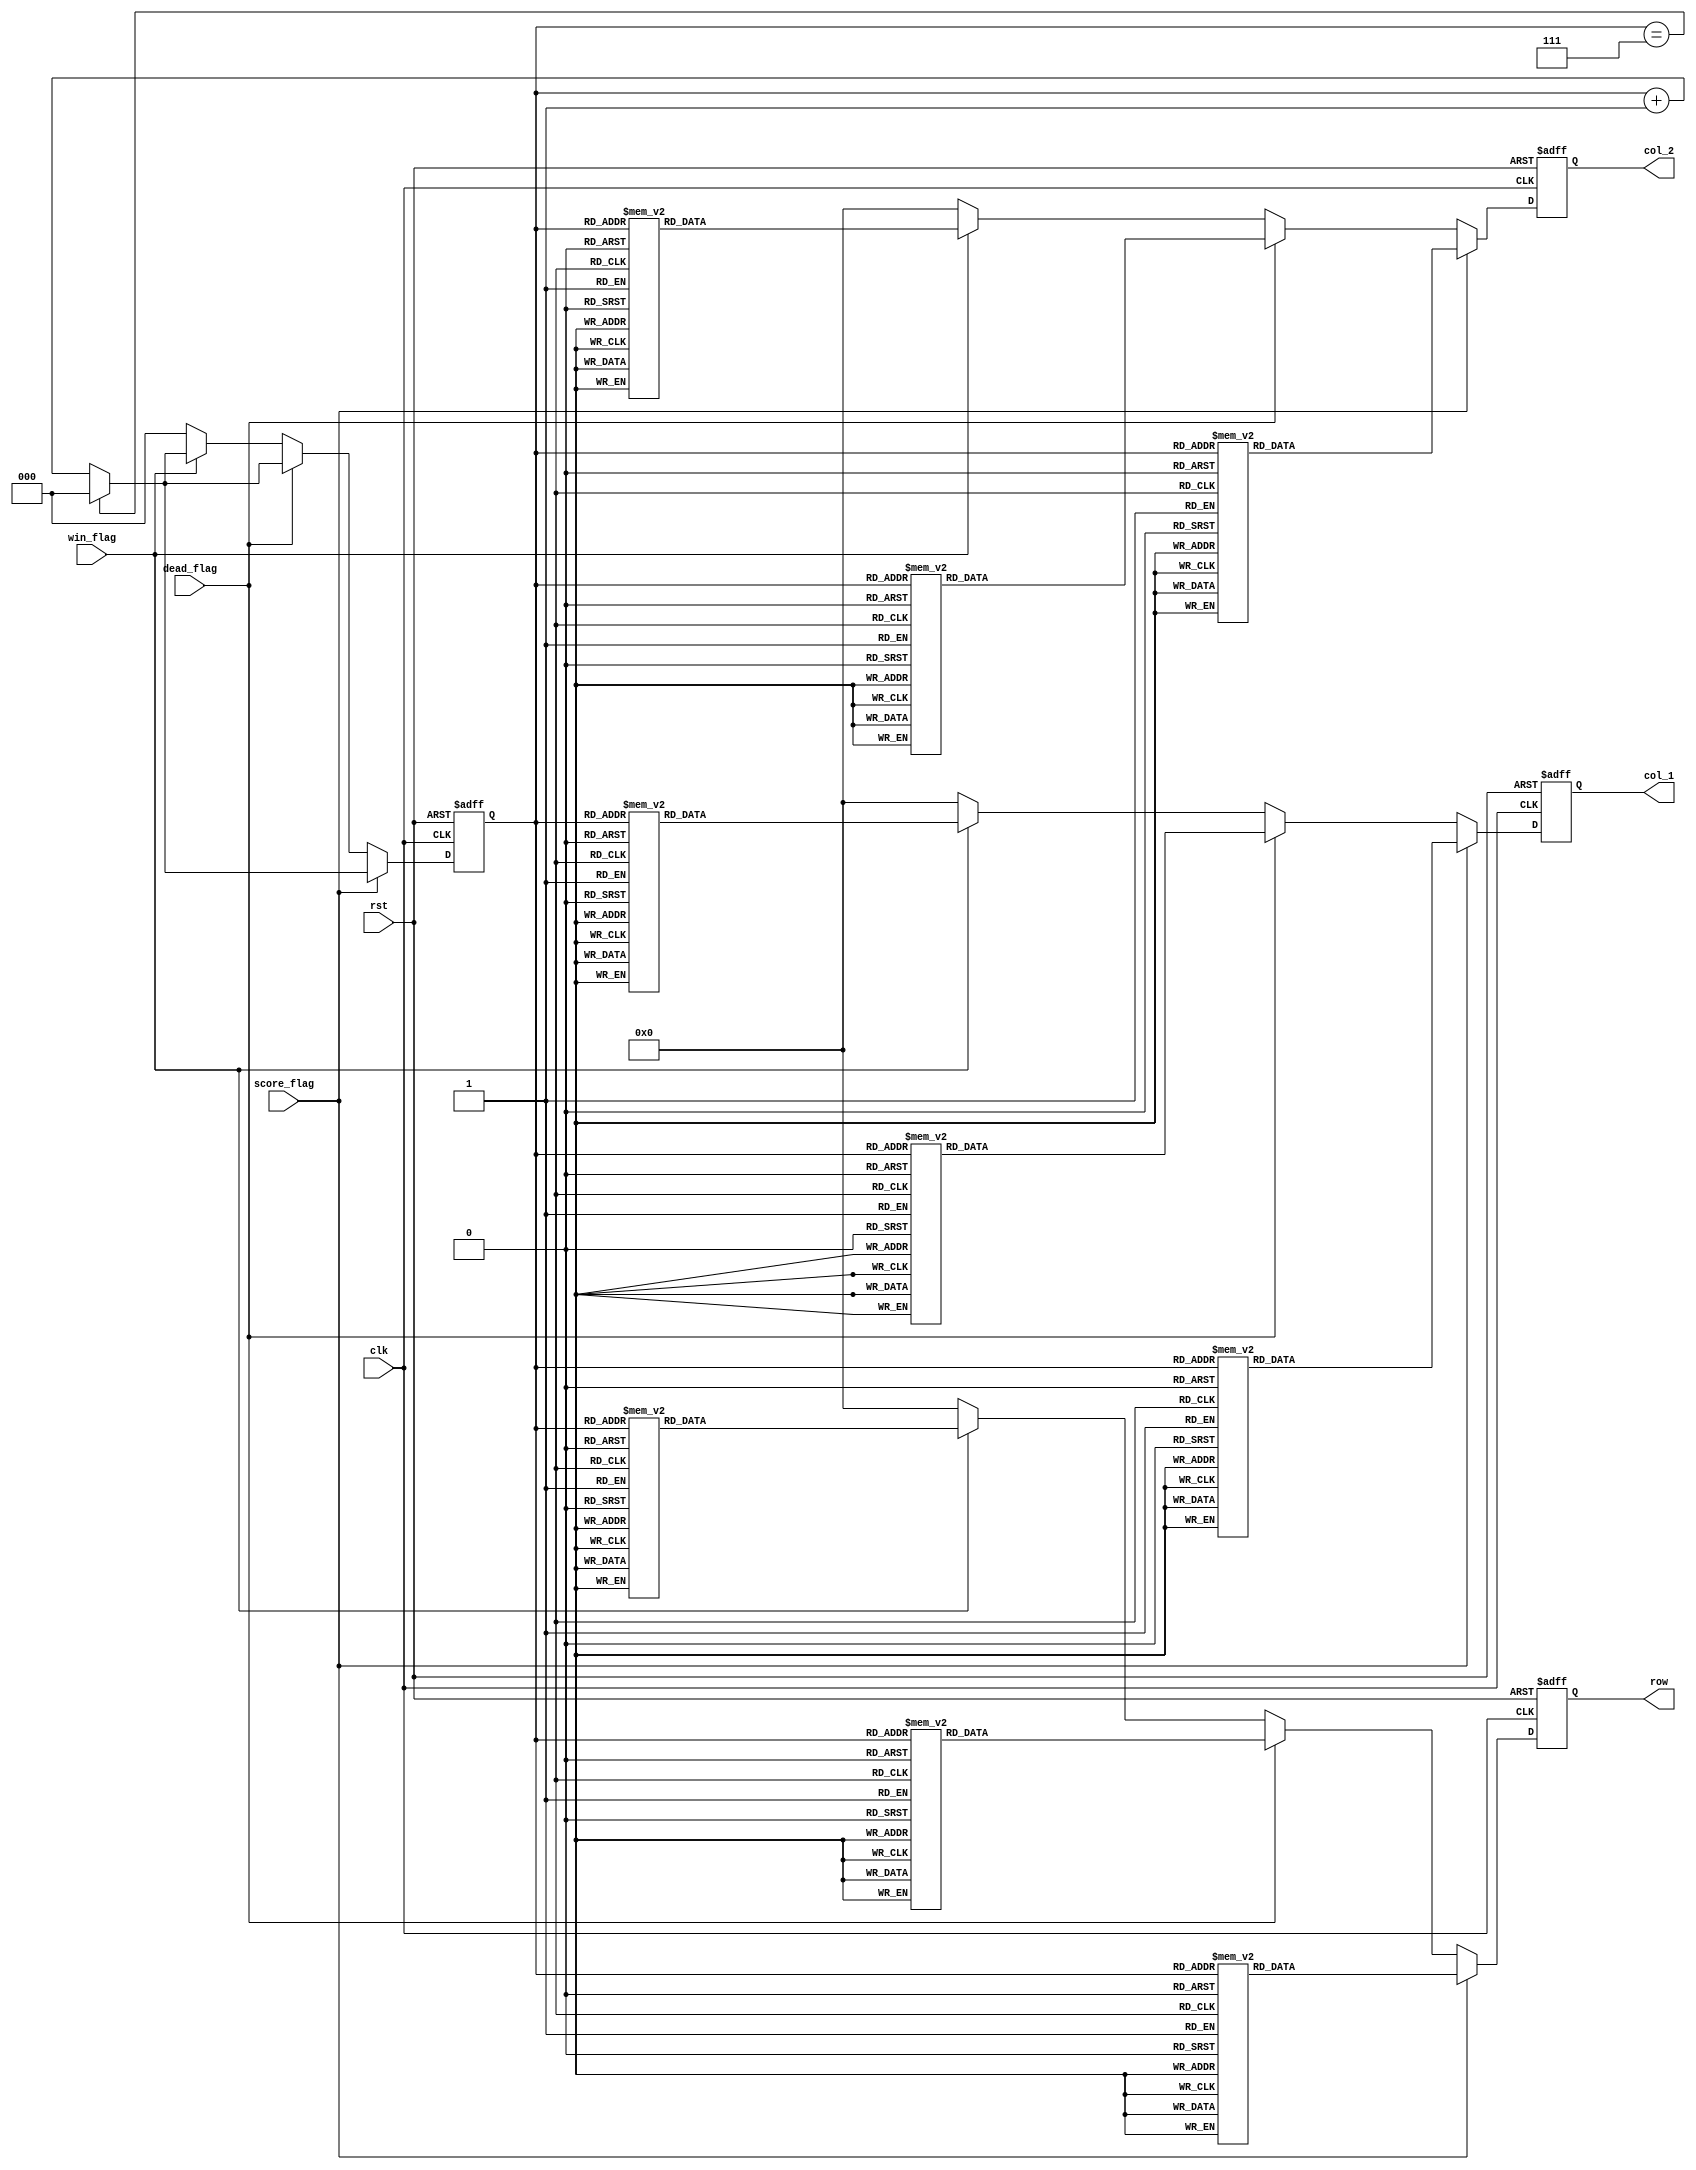
module firework(clk, rst, score_flag,dead_flag, win_flag, col_1, col_2, row);
input clk,rst;
input score_flag;
input dead_flag;
input win_flag;

output reg [7:0] col_1,col_2;
output reg [7:0] row;
reg [2:0] row_cnt;

always@(posedge clk or negedge rst)
begin
	if(~rst)
	begin
		row <= 8'b0;
		col_1 <= 8'b0;
		col_2 <= 8'b0;
		row_cnt <= 0;
	end
	else if(score_flag)
	begin
		if(row_cnt == 3'b111) row_cnt <= 0;
		else row_cnt <= row_cnt + 1;
		case(row_cnt)
			3'd0: row <= 8'b01111111;
			3'd1: row <= 8'b10111111;
			3'd2: row <= 8'b11011111;
			3'd3: row <= 8'b11101111;
			3'd4: row <= 8'b11110111;
			3'd5: row <= 8'b11111011;
			3'd6: row <= 8'b11111101;
			3'd7: row <= 8'b11111110;
		endcase
		case(row_cnt)
			3'd0: col_1 <= 8'b00000000;
			3'd1: col_1 <= 8'b00000000;
			3'd2: col_1 <= 8'b01000010;
			3'd3: col_1 <= 8'b10100101;
			3'd4: col_1 <= 8'b00000000;
			3'd5: col_1 <= 8'b00100100;
			3'd6: col_1 <= 8'b00011000;
			3'd7: col_1 <= 8'b00000000;
		endcase
		
		case(row_cnt)
			3'd0: col_2 <= 8'b00000000;
			3'd1: col_2 <= 8'b01100110;
			3'd2: col_2 <= 8'b10011001;
			3'd3: col_2 <= 8'b11000011;
			3'd4: col_2 <= 8'b01100110;
			3'd5: col_2 <= 8'b01101100;
			3'd6: col_2 <= 8'b00011000;
			3'd7: col_2 <= 8'b00000000;
		endcase
		
	end
	else if(dead_flag)
	begin
		if(row_cnt == 3'b111) row_cnt <= 0;
		else row_cnt <= row_cnt + 1;
		case(row_cnt)
			3'd0: row <= 8'b01111111;
			3'd1: row <= 8'b10111111;
			3'd2: row <= 8'b11011111;
			3'd3: row <= 8'b11101111;
			3'd4: row <= 8'b11110111;
			3'd5: row <= 8'b11111011;
			3'd6: row <= 8'b11111101;
			3'd7: row <= 8'b11111110;
		endcase
		case(row_cnt)
			3'd0: col_1 <= 8'b00000000;
			3'd1: col_1 <= 8'b10000001;
			3'd2: col_1 <= 8'b01000010;
			3'd3: col_1 <= 8'b01100110;
			3'd4: col_1 <= 8'b00000000;
			3'd5: col_1 <= 8'b00000000;
			3'd6: col_1 <= 8'b00011000;
			3'd7: col_1 <= 8'b00100100;
		endcase
		case(row_cnt)
			3'd0: col_2 <= 8'b11000011;
			3'd1: col_2 <= 8'b01100110;
			3'd2: col_2 <= 8'b00111100;
			3'd3: col_2 <= 8'b00011000;
			3'd4: col_2 <= 8'b00111100;
			3'd5: col_2 <= 8'b01100110;
			3'd6: col_2 <= 8'b11000011;
			3'd7: col_2 <= 8'b00000000;
		endcase
	end
	
	else if(win_flag)
	begin
		if(row_cnt == 3'b111) row_cnt <= 0;
		else row_cnt <= row_cnt + 1;
		case(row_cnt)
			3'd0: row <= 8'b01111111;
			3'd1: row <= 8'b10111111;
			3'd2: row <= 8'b11011111;
			3'd3: row <= 8'b11101111;
			3'd4: row <= 8'b11110111;
			3'd5: row <= 8'b11111011;
			3'd6: row <= 8'b11111101;
			3'd7: row <= 8'b11111110;
		endcase
		case(row_cnt)
			3'd0: col_1 <= 8'b00000000;
			3'd1: col_1 <= 8'b00000000;
			3'd2: col_1 <= 8'b10000001;
			3'd3: col_1 <= 8'b10011001;
			3'd4: col_1 <= 8'b01011010;
			3'd5: col_1 <= 8'b01011010;
			3'd6: col_1 <= 8'b00100100;
			3'd7: col_1 <= 8'b00000000;
		endcase
		
		case(row_cnt)
			3'd0: col_2 <= 8'b00000000;
			3'd1: col_2 <= 8'b01000000;
			3'd2: col_2 <= 8'b00001110;
			3'd3: col_2 <= 8'b01010001;
			3'd4: col_2 <= 8'b01010001;
			3'd5: col_2 <= 8'b01010001;
			3'd6: col_2 <= 8'b01010001;
			3'd7: col_2 <= 8'b00000000;
		endcase
		
	end
	
	
	else
	begin
		row <= 8'b0;
		col_1 <= 8'b0;
		col_2 <= 8'b0;
		row_cnt <= 0;
	end
end
endmodule